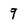
Character: 9